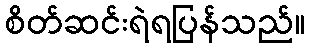
စိတ်ဆင်းရဲရပြန်သည်။